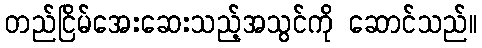
တည်ငြိမ်အေးဆေးသည့်အသွင်ကို ဆောင်သည်။